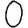
Digit: 0